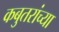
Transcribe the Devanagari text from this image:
कबुतरांच्या